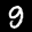
Label: 9